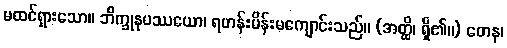
မထင်ရှားသော။ ဘိက္ခုနုပဿယော၊ ရဟန်းမိန်းမကျောင်းသည်။ (အတ္ထိ၊ ရှိ၏။) တေန၊